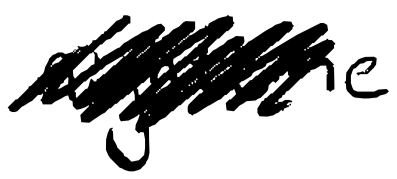
Text: nighttime
Cross-out: mix
Writing tool: digital_black